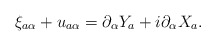
\begin{align*}\xi_{a \alpha}+u_{a \alpha} =\partial_\alpha Y_a +i\partial_\alpha X_a .\end{align*}